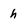
Character: h